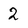
Character: 2